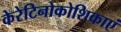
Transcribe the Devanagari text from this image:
केरेटिनोकोशिकाएं